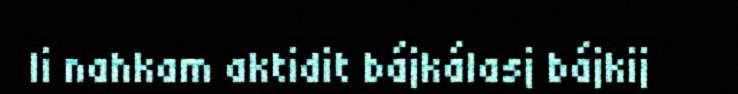
li nahkam aktidit bájkálasj bájkij